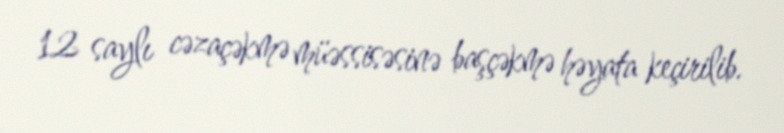
12 saylı cəzaçəkmə müəssisəsinə başçəkmə həyata keçirilib.